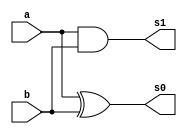
// Nome: Henrique Carvalho Parreira

module meiasoma (s0, s1, a, b);

 output s0, s1;
 input  a, b;
 

xor XOR1 (s0, a, b);
and AND1 (s1, a, b);
 
 endmodule 
 


module somacompleta(s0, s1, a, b, v);

wire q0,q1,q2;
output s0, s1;
input a, b, v;


meiasoma MS1 (q0, q1, a, b);
meiasoma MS2 (s0, q2, q0, v);
or OR1 (s1, q1, q2);


endmodule


module testesomacompleta;

 reg   a, b, v;             
 wire  s0, s1;
         
 somacompleta SOMACOMPLETA1 (s0, s1, a, b, v);


 initial begin:start
      a=0; b=0; v=0;

 end

          
 initial begin:main

      $display("Nome: Henrique Carvalho Parreira - 347133");
      $display("Soma Completa usando dois operadores de Meia Soma.");
      $display("\nv a b = s0 s1\n");
      $monitor(" %b %b %b = %b %b", v, a, b, s0, s1);

#1 a=0;b=1;v=0;
#1 a=1;b=0;v=0;
#1 a=1;b=1;v=0;
#1 a=0;b=0;v=1;
#1 a=0;b=1;v=1;
#1 a=1;b=0;v=1;
#1 a=1;b=1;v=1;
  
 end

endmodule